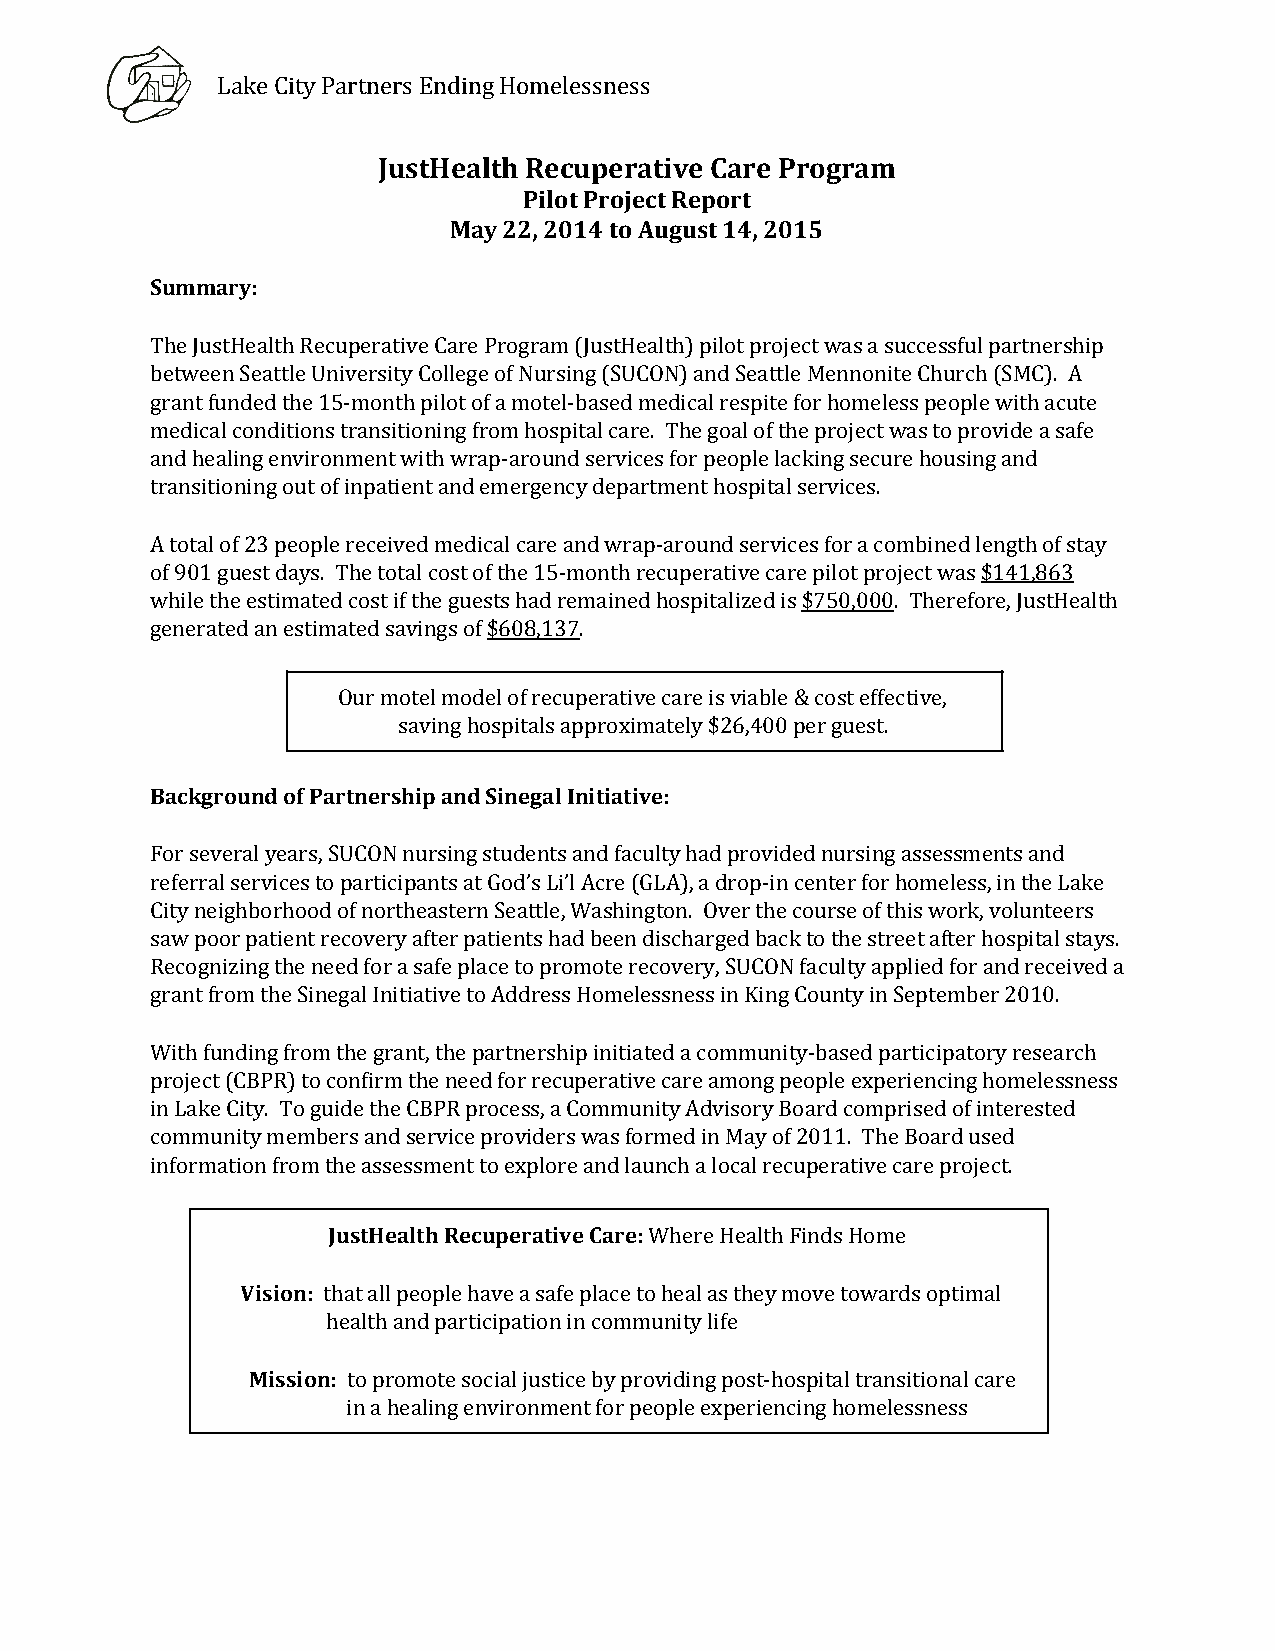
Lake City Partners Ending Homelessness
 JustHealth Recuperative Care Program
 Pilot Project Report
 May 22, 2014 to August 14, 2015
 Summary:
 The JustHealth Recuperative Care Program (JustHealth) pilot project was a successful partnership
 between Seattle University College of Nursing (SUCON) and Seattle Mennonite Church (SMC). A
 grant funded the 15-month pilot of a motel-based medical respite for homeless people with acute
 medical conditions transitioning from hospital care. The goal of the project was to provide a safe
 and healing environment with wrap-around services for people lacking secure housing and
 transitioning out of inpatient and emergency department hospital services.
 A total of 23 people received medical care and wrap-around services for a combined length of stay
 of 901 guest days. The total cost of the 15-month recuperative care pilot project was $141,863
 ​
 while the estimated cost if the guests had remained hospitalized is $750,000. Therefore, JustHealth
 ​     ​
 generated an estimated savings of $608,137.
 ​     ​
 Our motel model of recuperative care is viable & cost effective,
 saving hospitals approximately $26,400 per guest.
 Background of Partnership and Sinegal Initiative:
 For several years, SUCON nursing students and faculty had provided nursing assessments and
 referral services to participants at God’s Li’l Acre (GLA), a drop-in center for homeless, in the Lake
 City neighborhood of northeastern Seattle, Washington. Over the course of this work, volunteers
 saw poor patient recovery after patients had been discharged back to the street after hospital stays.
 Recognizing the need for a safe place to promote recovery, SUCON faculty applied for and received a
 grant from the Sinegal Initiative to Address Homelessness in King County in September 2010.
 With funding from the grant, the partnership initiated a community-based participatory research
 project (CBPR) to confirm the need for recuperative care among people experiencing homelessness
 in Lake City. To guide the CBPR process, a Community Advisory Board comprised of interested
 community members and service providers was formed in May of 2011. The Board used
 information from the assessment to explore and launch a local recuperative care project.
 JustHealth Recuperative Care: Where Health Finds Home
 ​
 Vision: that all people have a safe place to heal as they move towards optimal
 ​
 health and participation in community life
 Mission: to promote social justice by providing post-hospital transitional care
 ​
 in a healing environment for people experiencing homelessness